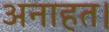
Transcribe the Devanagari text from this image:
अनाहत।